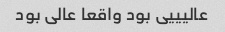
عالیییی بود واقعا عالی بود